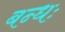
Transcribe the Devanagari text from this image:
बन्धः